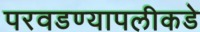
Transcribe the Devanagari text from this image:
परवडण्यापलीकडे